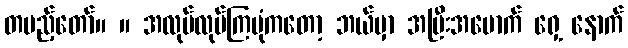
တပည့်တော်။ ။ အလုပ်လုပ်ကြပုံကတော့ ဘယ်မှာ အမြီးအမောက် ရှေ့ နောက်